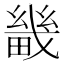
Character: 畿